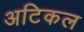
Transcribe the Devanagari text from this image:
अटिकल